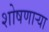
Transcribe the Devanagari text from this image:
शोषणाऱ्या